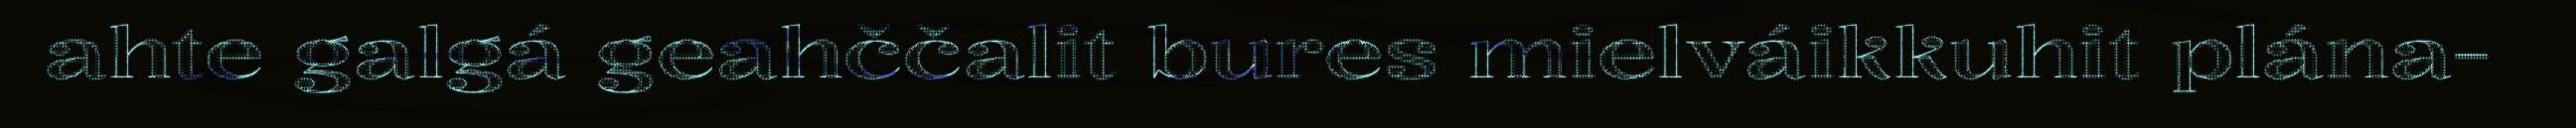
ahte galgá geahččalit bures mielváikkuhit plána-